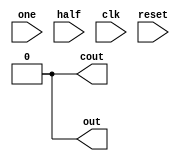
module drink_moore (
    input  one,
           half,
           clk,
           reset,
    output cout,
           out
);

    localparam   s0 =000,
                s1 =001,
                s2 =010,
                s3 =011,
                s4 =100,
                s5 =101,
                s6 =110;

    reg [2:0]state;
    reg [2:0]next_state;

always @(posedge clk or negedge reset) begin
    if (!reset) begin
        state<=s0;
    end else begin
        state<=next_state;
    end
end

always @(*) begin
    case(state)
        s0:if(half)
            next_state<=s1;
           else if(one)
            next_state<=s2;
                else
            next_state<=s0;
        s1:if(half)
            next_state<=s2;
            else if(one)
            next_state<=s3;
            else
            next_state<=s1;
        s2:if(half)
            next_state<=s3;
            else if(one)
            next_state<=s4;
            else 
            next_state<=s2;
        s3:if(half)
            next_state<=s4;
            else if(one)
            next_state<=s5;
            else 
            next_state<=s3;
        s4:if(half)
            next_state<=s5;
            else if(one)
            next_state<=s6;
            else
            next_state<=s4;
        s5:if(half)
            next_state<=s1;
            else if(one)
            next_state<=s2;
            else
            next_state<=s0;
        s6:if(half)
            next_state<=s1;
            else if(one)
            next_state<=s2;
            else
            next_state<=s0;
        /*s5:next_state<=s0;
        s6:next_state<=s0;*/  
    default:next_state<=s0;
    endcase
end
assign out=((state==s5)||(state==s6));
assign cout=(state==s6);
endmodule